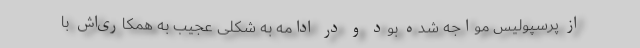
از پرسپولیس مواجه شده بود و در ادامه به شکلی عجیب به همکاری‌اش با